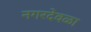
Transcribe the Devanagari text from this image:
नगरदेवळा